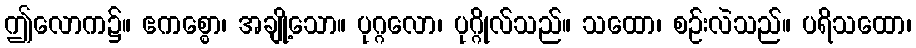
ဤလောက၌။ ဧကစ္စော၊ အချို့သော။ ပုဂ္ဂလော၊ ပုဂ္ဂိုလ်သည်။ သထော၊ စဉ်းလဲသည်။ ပရိသထော၊